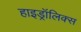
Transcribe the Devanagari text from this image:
हाइड्रॉलिक्स